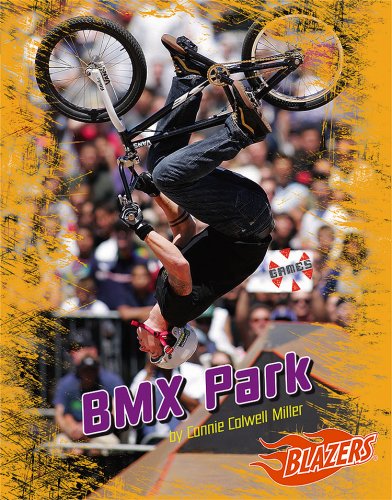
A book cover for BMX Park (X Games); Connie Colwell Miller; Children's Books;